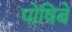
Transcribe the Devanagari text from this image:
पोषिबे